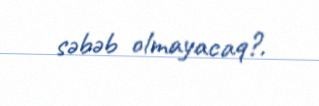
səbəb olmayacaq?.